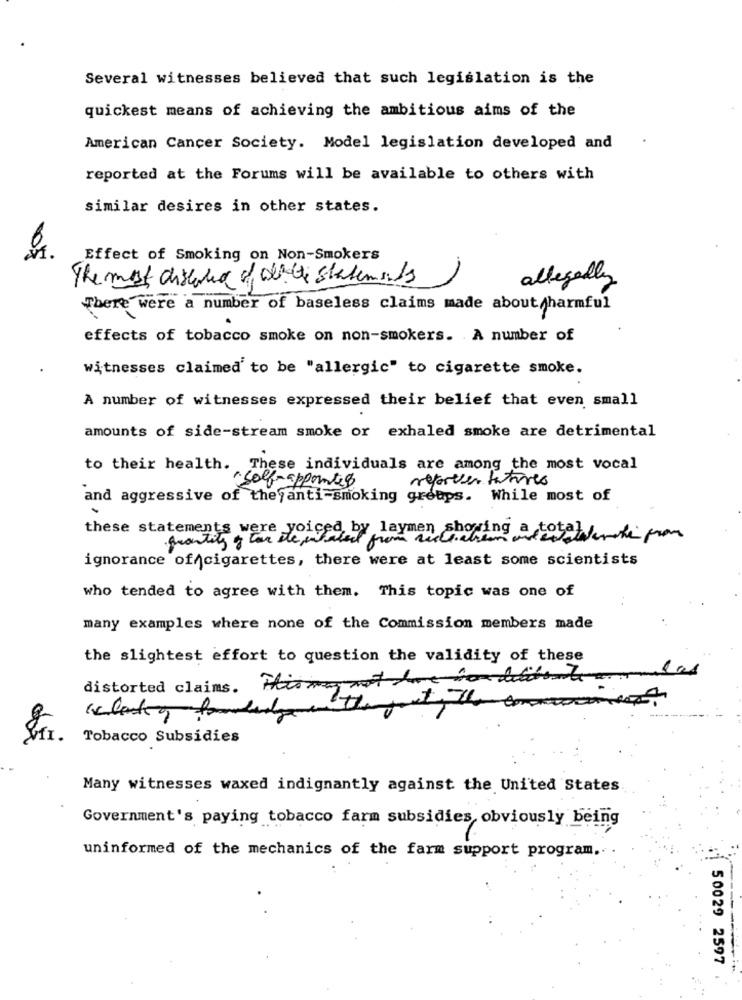
Several witnesses believed that such legislation is the
quickest means of achieving the ambitious aims of the
American Cancer Society. Model legislation developed and
reported at the Forums will be available to others with
similar desires in other states.
Effect of Smoking on Non-Smokers
The most distarted of white statements
allegedly
There were a number of baseless claims made about harmful
effects of tobacco smoke on non-smokers. A number of
witnesses claimed to be "allergic" to cigarette smoke.
A number of witnesses expressed their belief that even small
amounts of side-stream smoke or exhaled smoke are detrimental
to their health. These individuals are among the most vocal
self-appointed
reporter fatores
and aggressive of the anti-smoking groups. While most of
these statements were yoiç
fronting , ton the lifeby laymen showing a totak hi from
ignorance of cigarettes, there were at least some scientists
who tended to agree with them. This topic was one of
many examples where none of the Commission members made
the slightest effort to question the validity of these
distorted claims. i
Tobacco Subsidies
Many witnesses waxed indignantly against the United States
Government's paying tobacco farm subsidies obviously being
uninformed of the mechanics of the farm support program.
50029 2597